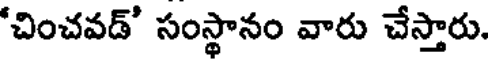
'చించవడ్' సంస్థానం వారు చేస్తారు.